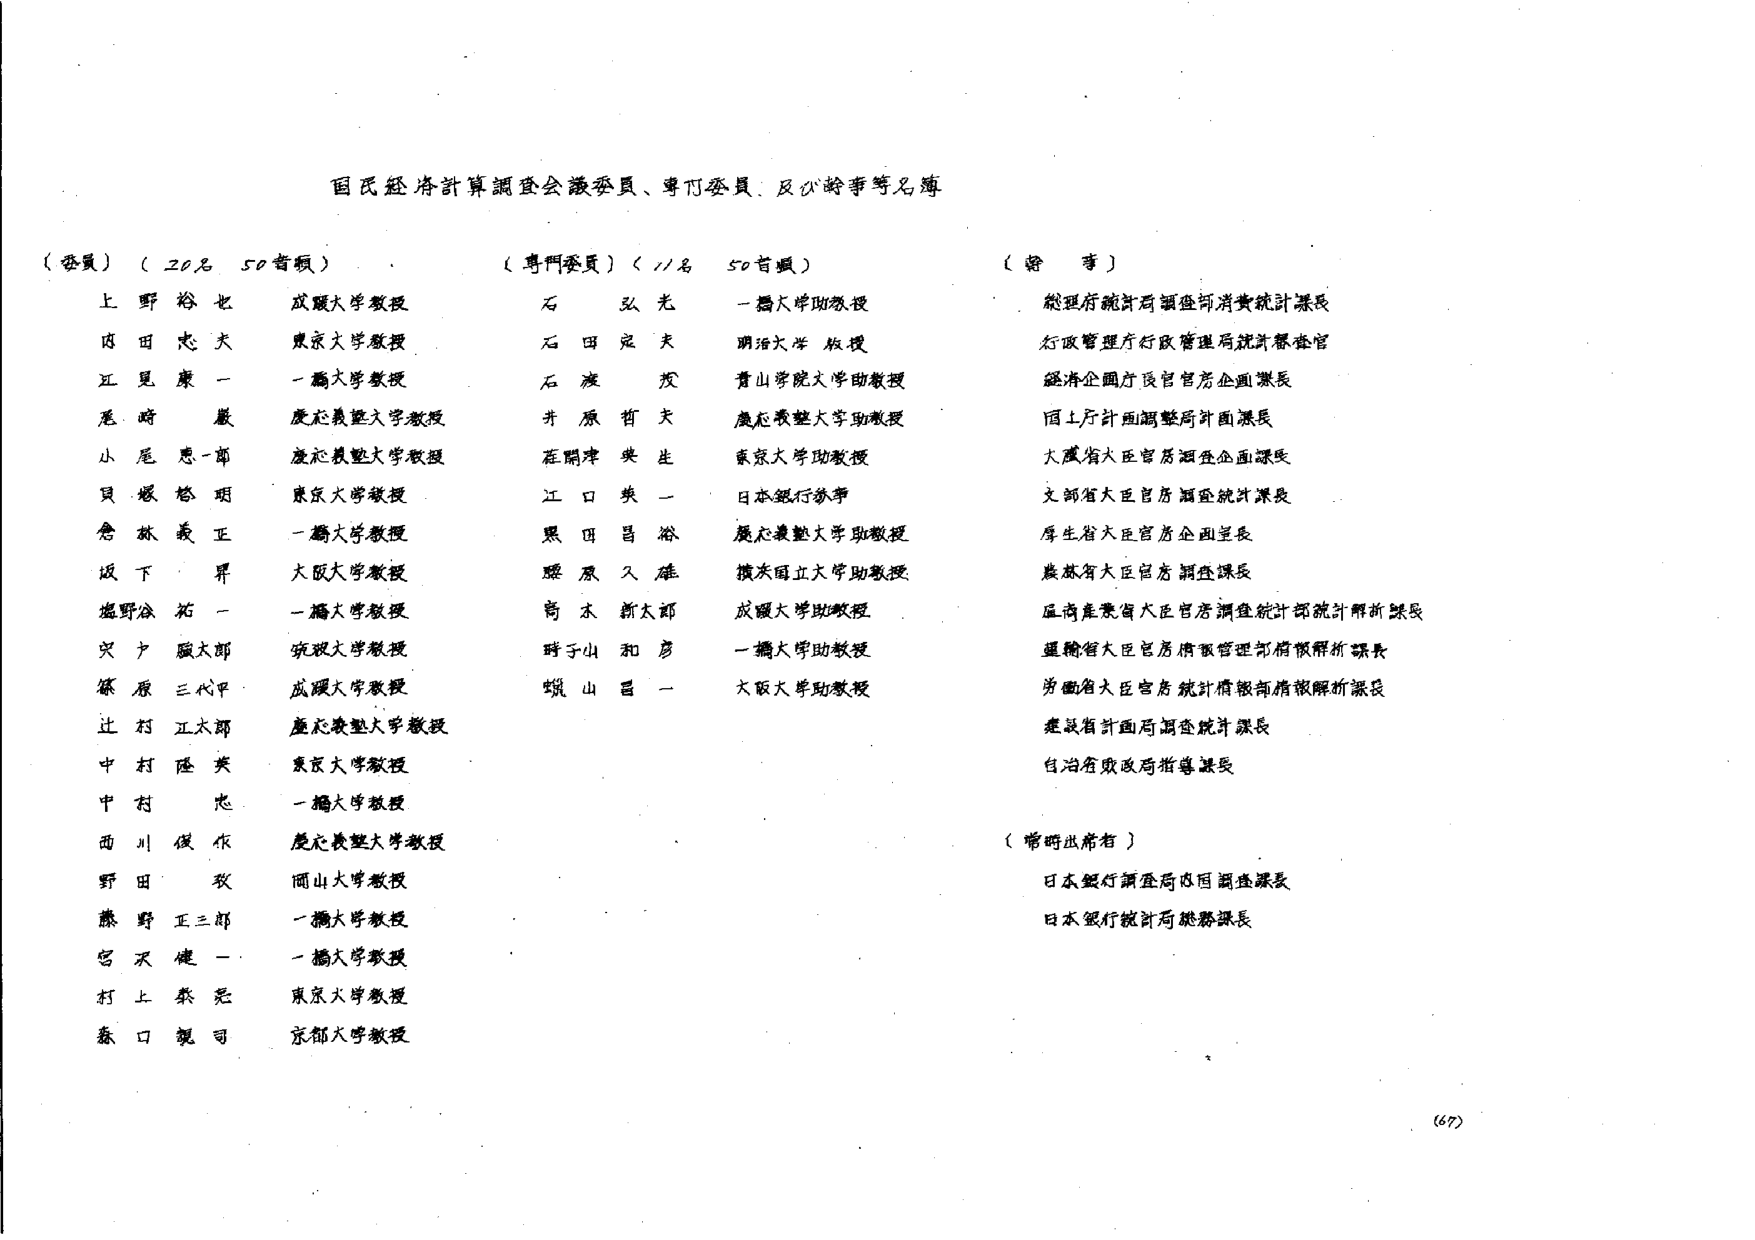
国民経済計算調査会議委員、専門委員、及び幹事等名簿

（委員）（20名 50音順）
上野 裕也 成蹊大学教授
内田 志夫 東京大学教授
江見 康一 一橋大学教授
尾崎 嚴 慶応義塾大学教授
小尾 忠一郎 慶応義塾大学教授
貝塚 啓明 東京大学教授
倉林 義正 一橋大学教授
坂下 昇 大阪大学教授
塩野谷 拓一 一橋大学教授
宍戸 融太郎 筑波大学教授
篠原 三代平 成蹊大学教授
辻村 江太郎 慶応義塾大学教授
中村 隆英 東京大学教授
中村 志 一橋大学教授
西川 俊作 慶応義塾大学教授
野田 政 岡山大学教授
藤野 正三郎 一橋大学教授
宮沢 健一 一橋大学教授
村上 桑宏 東京大学教授
森口 規司 京都大学教授

（専門委員）（11名 50音順）
石弘光 一橋大学助教授
石田 定夫 明治大学教授
石渡 茂 青山学院大学助教授
井原 哲夫 慶応義塾大学助教授
石開津 典生 東京大学助教授
江口 英一 日本銀行参事
黒田 昌裕 慶応義塾大学助教授
藤原 久雄 摂津国立大学助教授
高木 新太郎 成蹊大学助教授
時子山 和彦 一橋大学助教授
横山 昌一 大阪大学助教授

（幹事）
総理府統計局調査部消費統計課長
行政管理庁行政管理局統計審査官
経済企画庁長官官房企画課長
国土庁計画調整局計画課長
大蔵省大臣官房調査企画課長
文部省大臣官房調査統計課長
厚生省大臣官房企画課長
農林省大臣官房調査課長
通商産業省大臣官房調査統計部統計解析課長
運輸省大臣官房情報管理部情報解析課長
労働省大臣官房統計情報部情報解析課長
建設省計画局調査統計課長
自治省政務指導課長

（常時出席者）
日本銀行調査局内国調査課長
日本銀行統計局総務課長

（67）